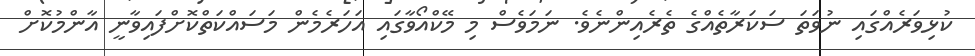
ކުޅިވަރެއްގައި ނުވަތަ ސަކަރާތެއްގެ ތެރެއިންނެވެ. ނަމަވެސް މި މޭކްއޯވާގައި އަހަރެމެން މަސައްކަތްކޮށްފައިވާނީ އާންމުކޮށް